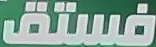
فستق